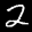
Label: 2